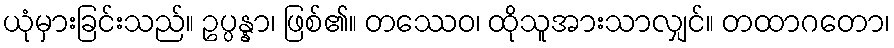
ယုံမှားခြင်းသည်။ ဥပ္ပန္နာ၊ ဖြစ်၏။ တဿေဝ၊ ထိုသူအားသာလျှင်။ တထာဂတော၊